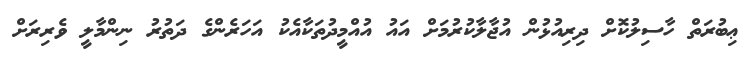
ޢިބުރަތް ހާސިލުކޮށް ދިރިއުޅުން އުޖާލާކުރުމަށް އައު އުއްމީދުތަކާއެކު އަހަރެންގެ ދަތުރު ނިންމާލީ ވެރިރަށް